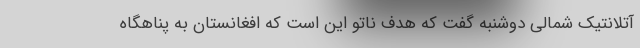
آتلانتیک شمالی دوشنبه گفت که هدف ناتو این است که افغانستان به پناهگاه